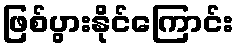
ဖြစ်ပွားနိုင်ကြောင်း